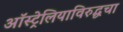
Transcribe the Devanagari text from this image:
ऑस्ट्रेलियाविरुद्धचा